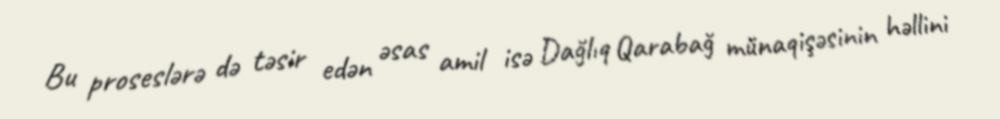
Bu proseslərə də təsir edən əsas amil isə Dağlıq Qarabağ münaqişəsinin həllini